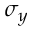
\sigma _ { y }